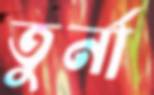
তুর্না